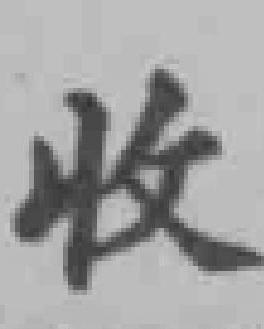
收